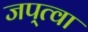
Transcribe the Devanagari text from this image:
जप्‌त्वा